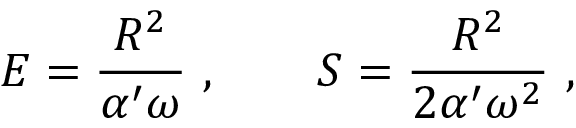
E = { \frac { R ^ { 2 } } { \alpha ^ { \prime } \omega } } \ , \qquad S = { \frac { R ^ { 2 } } { 2 \alpha ^ { \prime } \omega ^ { 2 } } } \ ,